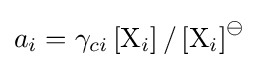
a_{i}=\gamma _{ci}\left[\mathrm {X} _{i}\right]/\left[\mathrm {X} _{i}\right]^{\ominus }